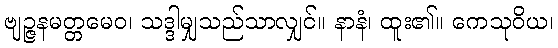
ဗျဉ္ဇနမတ္တမေဝ၊ သဒ္ဒါမျှသည်သာလျှင်။ နာနံ၊ ထူး၏။ ကေသုဝိယ၊